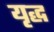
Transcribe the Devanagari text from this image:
यृद्ध